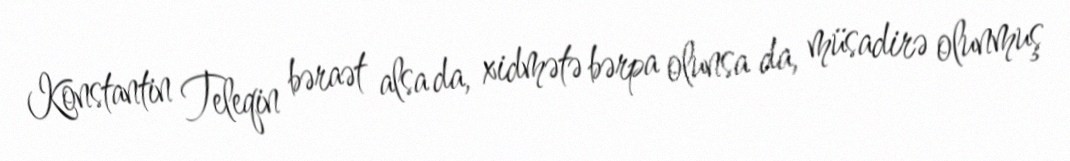
Konstantin Teleqin bəraət alsa da, xidmətə bərpa olunsa da, müsadirə olunmuş